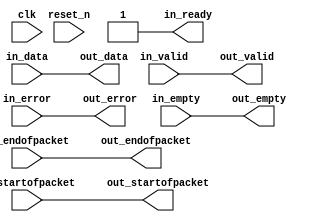
// --------------------------------------------------------------------------------
//| Avalon Streaming Timing Adapter
// --------------------------------------------------------------------------------

`timescale 1ns / 100ps
module sonic_v1_15_pcs_eth_10g_mac_rx_timing_adapter_frame_status_out_frame_decoder (
    
      // Interface: clk
      input              clk,
      // Interface: reset
      input              reset_n,
      // Interface: in
      output reg         in_ready,
      input              in_valid,
      input      [63: 0] in_data,
      input              in_error,
      input              in_startofpacket,
      input              in_endofpacket,
      input      [ 2: 0] in_empty,
      // Interface: out
      output reg         out_valid,
      output reg [63: 0] out_data,
      output reg         out_error,
      output reg         out_startofpacket,
      output reg         out_endofpacket,
      output reg [ 2: 0] out_empty
);




   // ---------------------------------------------------------------------
   //| Signal Declarations
   // ---------------------------------------------------------------------

   reg  [69: 0] in_payload;
   reg  [69: 0] out_payload;
   reg  [ 0: 0] ready;
   reg          out_ready = 1;


   // ---------------------------------------------------------------------
   //| Payload Mapping
   // ---------------------------------------------------------------------
   always @* begin
     in_payload = {in_data,in_error,in_startofpacket,in_endofpacket,in_empty};
     {out_data,out_error,out_startofpacket,out_endofpacket,out_empty} = out_payload;
   end

   // ---------------------------------------------------------------------
   //| Ready & valid signals.
   // ---------------------------------------------------------------------
   always @* begin
     ready[0] = out_ready;
     out_valid = in_valid;
     out_payload = in_payload;
     in_ready = ready[0];
   end




endmodule